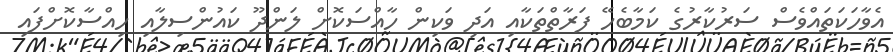
އެވާހަކަތައްވެސް ސަރުކާރުގެ ކަމާބެހޭ ފަރާތްތަކާއި އަދި ވަކިން ހާއްސަކޮށް ލަންދޫ ކައުންސިލާއި ހިއްސާކޮށްފައި